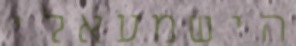
הישמעאלי